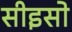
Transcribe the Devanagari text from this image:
सीइसो